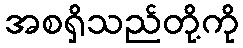
အစရှိသည်တို့ကို